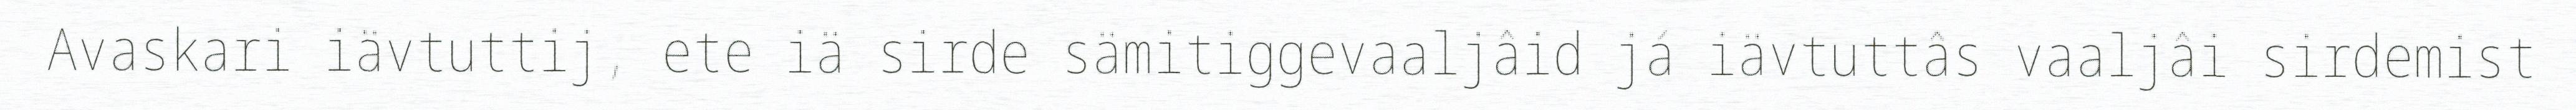
Avaskari iävtuttij, ete iä sirde sämitiggevaaljâid já iävtuttâs vaaljâi sirdemist